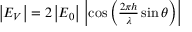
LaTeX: \textstyle { \left| E _ { V } \right| = 2 \left| E _ { 0 } \right| \, \left| \cos \left( { \frac { 2 \pi h } { \lambda } } \sin \theta \right) \right| }